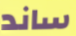
ساند